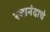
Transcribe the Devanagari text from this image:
स्वानंदाचे